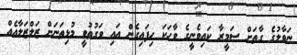
ނަވާލުގެ ގާތަށް ސަމީރާ ކައިވެނީގެ ވާހަކަ ހިފައިގެން އައި ވަގުތުވީ މުޅިތަނަށް ޒަލްޒަލާއެއް